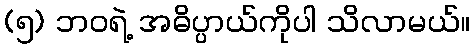
(၅) ဘဝရဲ့ အဓိပ္ပာယ်ကိုပါ သိလာမယ်။